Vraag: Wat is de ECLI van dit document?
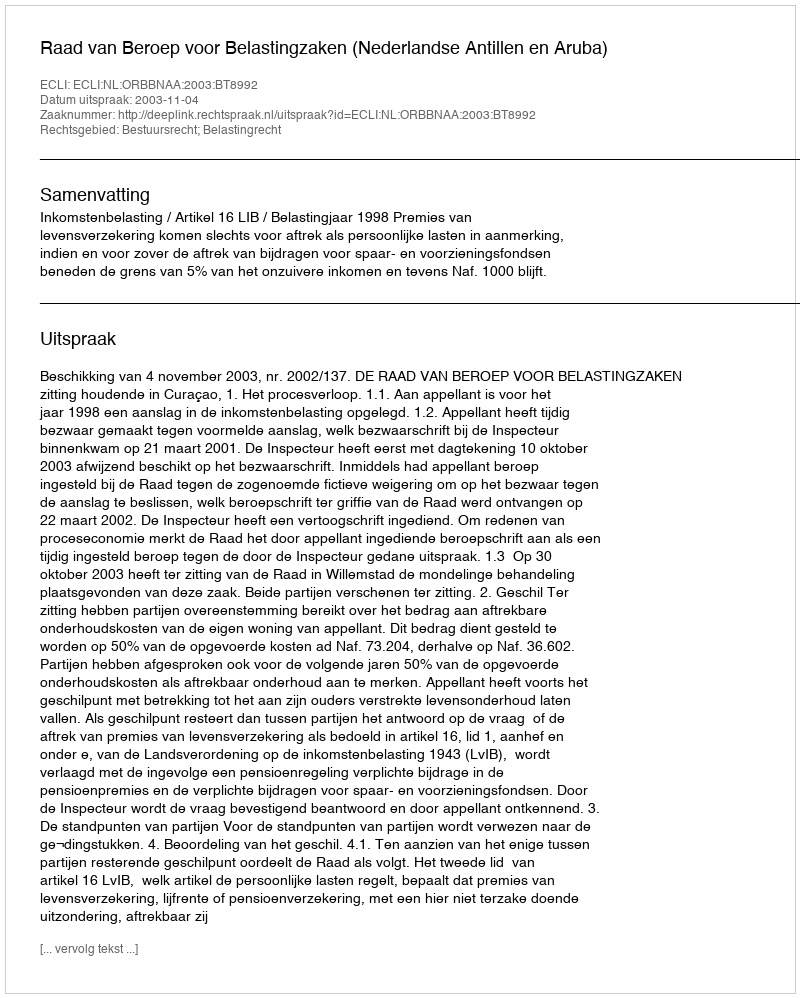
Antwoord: ECLI:NL:ORBBNAA:2003:BT8992